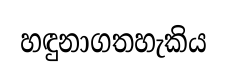
හඳුනාගතහැකිය